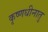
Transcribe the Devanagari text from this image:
कृष्णधीनातु